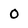
Character: 0